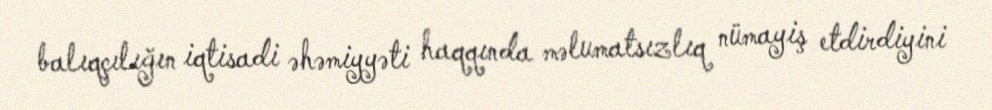
balıqçılığın iqtisadi əhəmiyyəti haqqında məlumatsızlıq nümayiş etdirdiyini